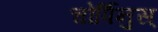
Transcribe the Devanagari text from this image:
चोर्पिनुस्